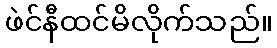
ဖဲင်နီထင်မိလိုက်သည်။